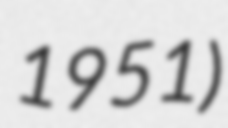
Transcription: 1951)